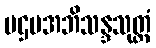
ပဌမအဘိသန္ဒသုတ္တံ